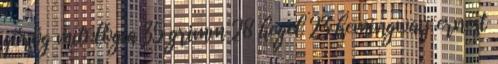
görög mitológia 35 grimm 28 hegel 23 hemingway ernest